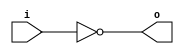
module invert (input wire i, output wire o);
    assign o = !i;
endmodule

module and2 (input wire i0, i1, output wire o);
    assign o = i0 & i1;
endmodule

module or2 (input wire i0, i1, output wire o);
    assign o = i0 | i1;
endmodule

module xor2 (input wire i0, i1, output wire o);
    assign o = i0 ^ i1;
endmodule

module or3 (input wire i0, i1, i2, output wire o);
    wire t;
    or2 or2_0 (i0, i1, t);
    or2 or2_1 (i2, t, o);
endmodule

module xor3 (input wire i0, i1, i2, output wire o);
    wire t;
    xor2 xor2_0 (i0, i1, t);
    xor2 xor2_1 (i2, t, o);
endmodule

module fa (input wire i0, i1, cin, output wire sum, cout);
    wire t0, t1, t2;
    xor3 _i0 (i0, i1, cin, sum);
    and2 _i1 (i0, i1, t0);
    and2 _i2 (i1, cin, t1);
    and2 _i3 (cin, i0, t2);
    or3 _i4 (t0, t1, t2, cout);
endmodule